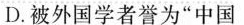
D. 被外国学者誉为”中国